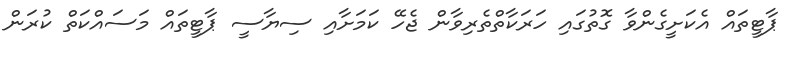
ޕާޓީތައް އެކަށީގެންވާ ގޮތުގައި ހަރަކާތްތެރިވާން ޖެހޭ ކަމަށާއި ސިޔާސީ ޕާޓީތައް މަސައްކަތް ކުރަން